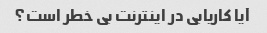
آیا کاریابی در اینترنت بی خطر است؟